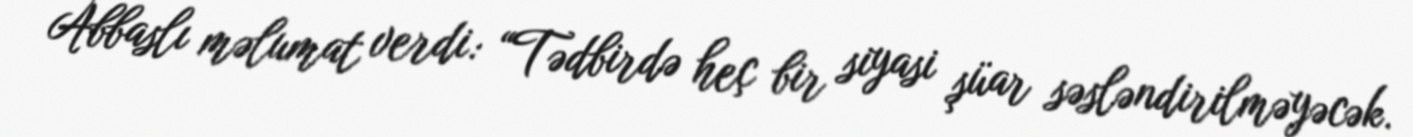
Abbaslı məlumat verdi: “Tədbirdə heç bir siyasi şüar səsləndirilməyəcək.